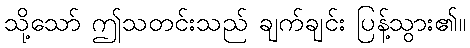
သို့သော် ဤသတင်းသည် ချက်ချင်း ပြန့်သွား၏။